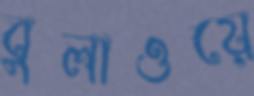
বুলাওয়ে